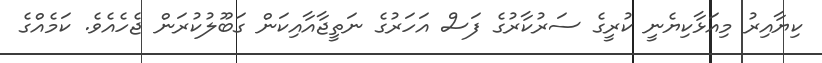
ކިޔާއިރު މިއަޅާކިޔެނީ ކުރީގެ ސަރުކާރުގެ ފަސް އަހަރުގެ ނަތީޖާއާއިކަން ގަބޫލުކުރަން ޖެހެއެވެ. ކަމެއްގެ